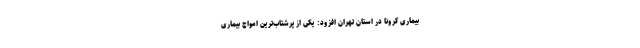
بیماری کرونا در استان تهران افزود: یکی از پرشتاب‌ترین امواج بیماری